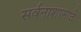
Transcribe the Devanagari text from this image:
सर्वनाशासाठे